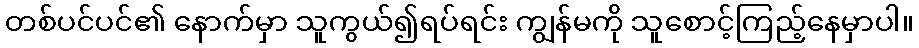
တစ်ပင်ပင်၏ နောက်မှာ သူကွယ်၍ရပ်ရင်း ကျွန်မကို သူစောင့်ကြည့်နေမှာပါ။